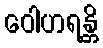
ဝေါဟရန္တိ